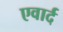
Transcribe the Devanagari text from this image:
एवार्द